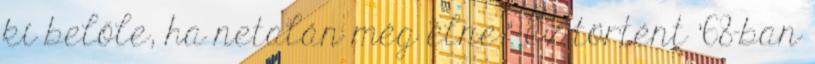
ki belőle, ha netalán még élne.” Ez történt ’68-ban